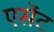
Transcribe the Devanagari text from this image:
एसेंट